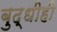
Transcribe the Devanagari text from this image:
बुद्धीही